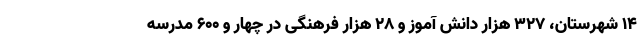
۱۴ شهرستان، ۳۲۷ هزار دانش آموز و ۲۸ هزار فرهنگی در چهار و ۶۰۰ مدرسه